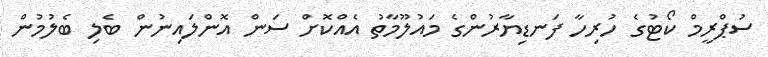
ސުޕްރީމް ކޯޓުގެ ހުރިހާ ފަނޑިޔާރުންގެ މައުލޫމާތު އެއްކޮށް ސަން އޮންލައިނުން ބެލި ބެލުމުން